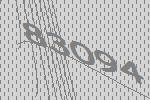
83094